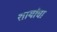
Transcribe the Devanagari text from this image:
शायांचा